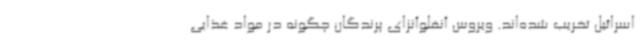
اسرائیل تخریب شده‌اند. ویروس آنفلوآنزای پرندگان چگونه در مواد غذایی